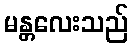
မန္တလေးသည်